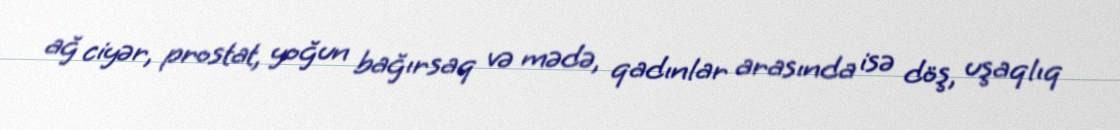
ağ ciyər, prostat, yoğun bağırsaq və mədə, qadınlar arasında isə döş, uşaqlıq